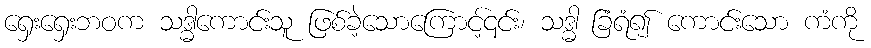
ရှေးရှေးဘဝက သဒ္ဓါကောင်းသူ ဖြစ်ခဲ့သောကြောင့်၎င်း၊ သဒ္ဓါ ခြံရံ၍ ကောင်းသော ကံကို